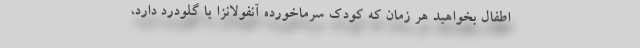
اطفال بخواهید هر زمان که کودک سرماخورده آنفولانزا یا گلودرد دارد،